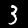
Digit: 3